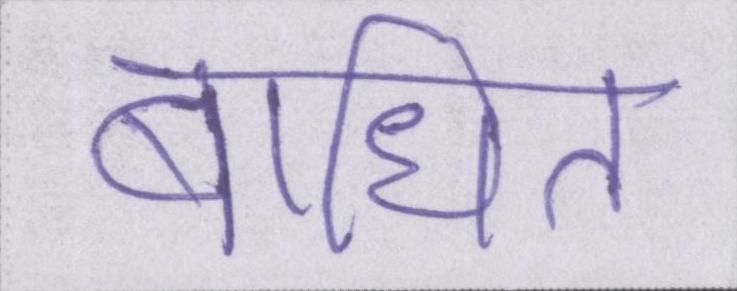
बाधित